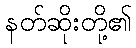
နတ်ဆိုးတို့၏